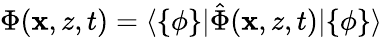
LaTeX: \Phi(\mathbf{x},z,t)=\langle\{ \phi\} |\hat{\Phi}(\mathbf{x},z,t)|\{ \phi\} \rangle